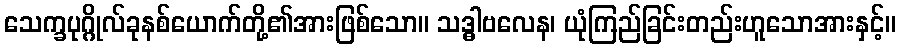
သေက္ခပုဂ္ဂိုလ်ခုနစ်ယောက်တို့၏အားဖြစ်သော။ သဒ္ဓါဗလေန၊ ယုံကြည်ခြင်းတည်းဟူသောအားနှင့်။